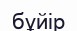
бұйір